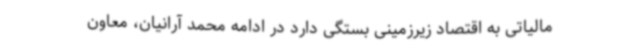
مالیاتی به اقتصاد زیرزمینی بستگی دارد در ادامه محمد آرانیان، معاون